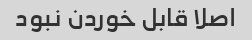
اصلا قابل خوردن نبود